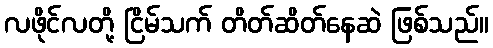
လဖိုင်လတို့ ငြိမ်သက် တိတ်ဆိတ်နေဆဲ ဖြစ်သည်။